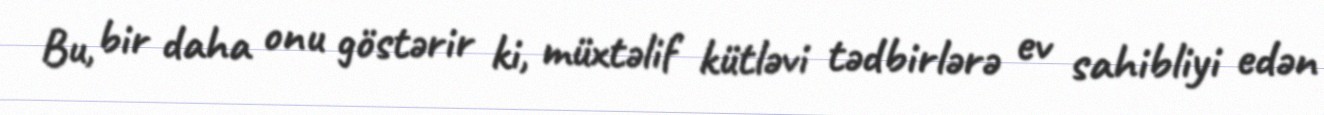
Bu, bir daha onu göstərir ki, müxtəlif kütləvi tədbirlərə ev sahibliyi edən